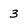
Character: 3